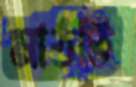
মাঠটি